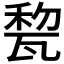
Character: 𤭜